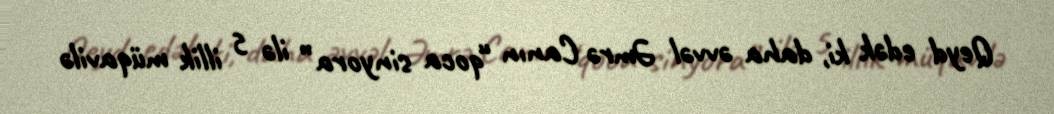
Qeyd edək ki, daha əvvəl Əmrə Canın “qoca sinyora” ilə 5 illik müqavilə